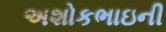
અશોકભાઇની